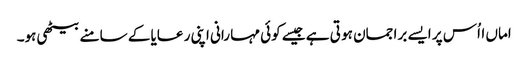
اماں ااُس پر ایسے برا جمان ہو تی ہے جیسے کوئی مہا رانی اپنی ر عایا کے سامنے بیٹھی ہو۔